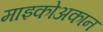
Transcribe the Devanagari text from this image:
माइकोअकान